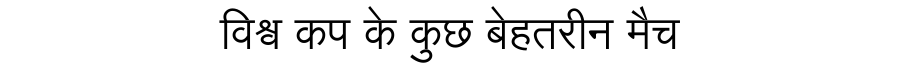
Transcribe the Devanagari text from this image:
विश्व कप के कुछ बेहतरीन मैच